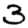
Digit: 3